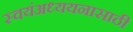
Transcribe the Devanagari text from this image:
स्वयंअध्ययनासाठी